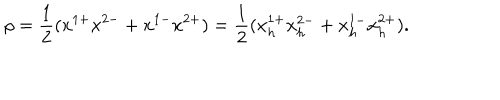
\rho = { \frac { 1 } { 2 } } ( x ^ { 1 + } x ^ { 2 - } + x ^ { 1 - } x ^ { 2 + } ) = { \frac { 1 } { 2 } } ( x _ { h } ^ { 1 + } x _ { h } ^ { 2 - } + x _ { h } ^ { 1 - } x _ { h } ^ { 2 + } ) .